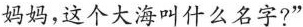
妈妈，这个大海叫什么名字?”